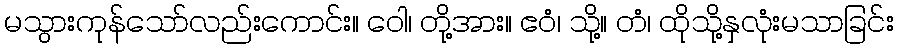
မသွားကုန်သော်လည်းကောင်း။ ဝေါ၊ တို့အား။ ဧဝံ၊ သို့။ တံ၊ ထိုသို့နှလုံးမသာခြင်း